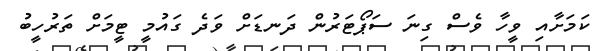
ކަމަށާއި ވީހާ ވެސް ގިނަ ސަޕޯޓަރުން ދަނޑަށް ވަދެ ގައުމީ ޓީމަށް ތަރުހީބު